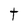
Character: t